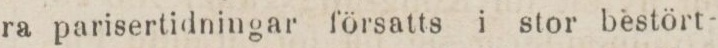
ra papisertidningar försetts i stor bestört-